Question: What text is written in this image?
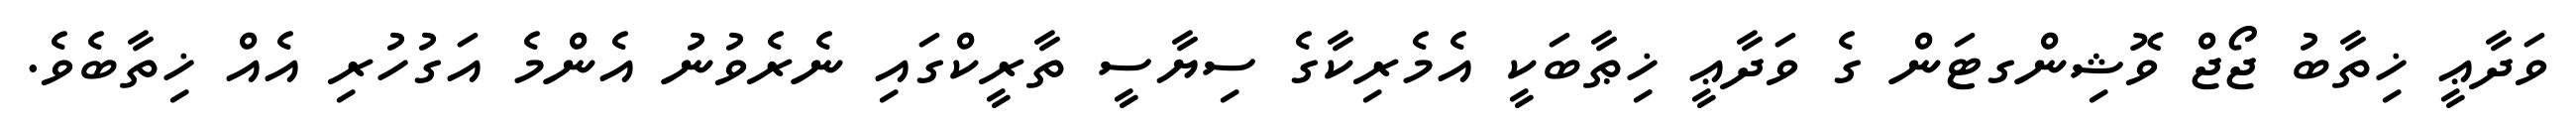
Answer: ވަދާޢީ ޚިތާބު ޖޯޖް ވޮޝިންގޓަން ގެ ވަދާޢީ ޚިޠާބަކީ އެމެރިކާގެ ސިޔާސީ ތާރީކްގައި ނެރެވުނު އެންމެ އަގުހުރި އެއް ޚިތާބެވެ.